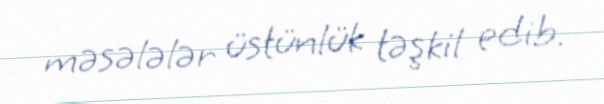
məsələlər üstünlük təşkil edib.